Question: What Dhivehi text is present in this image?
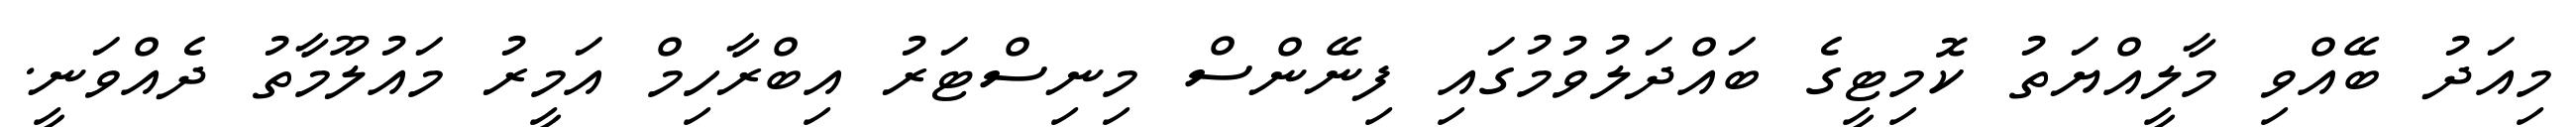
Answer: މިއަދު ބޭއްވި މާލީއްޔަތު ކޮމިޓީގެ ބައްދަލުވުމުގައި ފިނޭންސް މިނިސްޓަރު އިބްރާހިމް އަމީރު މައުލޫމާތު ދެއްވަނީ.